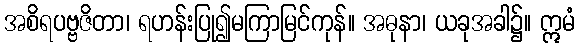
အစိရပဗ္ဗဇိတာ၊ ရဟန်းပြု၍မကြာမြင်ကုန်။ အဓုနာ၊ ယခုအခါ၌။ ဣမံ